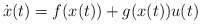
\begin{align*}\dot{x}(t) = f(x(t)) + g(x(t))u(t)\end{align*}